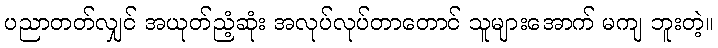
ပညာတတ်လျှင် အယုတ်ညံ့ဆုံး အလုပ်လုပ်တာတောင် သူများအောက် မကျ ဘူးတဲ့။